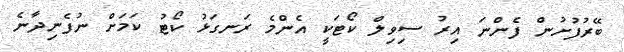
ބޭރުފުށުން ފެންނަ އިރު ސިވިލް ކޯޓަކީ އެންމެ ރަނގަޅު ކޯޓު ކަމަށް ނުފެނިދާނެ